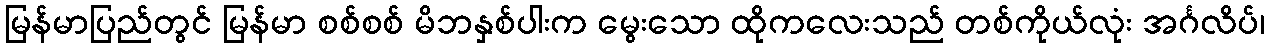
မြန်မာပြည်တွင် မြန်မာ စစ်စစ် မိဘနှစ်ပါးက မွေးသော ထိုကလေးသည် တစ်ကိုယ်လုံး အင်္ဂလိပ်၊